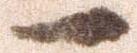
一